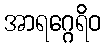
အာရဂ္ဂေရိဝ